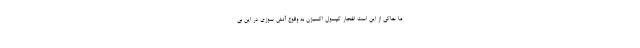
ما حاکی از این است انفجار کپسول اکسیژن به وقوع آتش سوزی در این بی